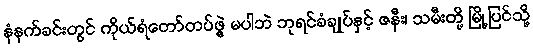
နံနက်ခင်းတွင် ကိုယ်ရံတော်တပ်ဖွဲ့ မပါဘဲ ဘုရင်ခံချုပ်နှင့် ဇနီး၊ သမီးတို့ မြို့ပြင်သို့